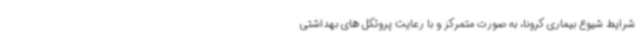
شرایط شیوع بیماری کرونا، به صورت متمرکز و با رعایت پروتکل های بهداشتی